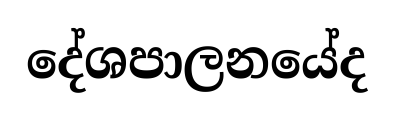
දේශපාලනයේද